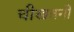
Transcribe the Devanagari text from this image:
चीखतनी